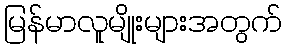
မြန်မာလူမျိုးများအတွက်